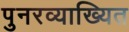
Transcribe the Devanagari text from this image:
पुनरव्याख्यित